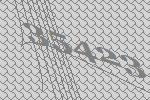
35423